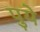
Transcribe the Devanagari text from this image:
पुये